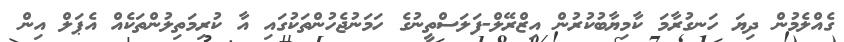
ގެއްލެމުން ދިޔަ ހަނގުރާމަ ކާމިޔާބުކުރުން އިޒްރޭލް-ފަލަސްތީނުގެ ހަމަނުޖެހުންތަކުގައި އާ ކުރިމަތިލުންތަކެއް އެޕަލް އިން